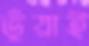
ভূঁয়াই